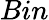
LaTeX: Bin